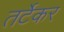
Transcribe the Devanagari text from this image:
तर्टेकर